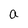
Character: a